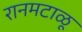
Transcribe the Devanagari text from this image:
रानमटाळू